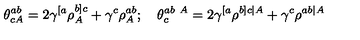
\theta _ { c A } ^ { a b } = 2 \gamma ^ { [ a } \rho _ { A } ^ { b ] c } + \gamma ^ { c } \rho _ { A } ^ { a b } ; \quad \theta _ { c } ^ { a b \ A } = 2 \gamma ^ { [ a } \rho ^ { b ] c \vert A } + \gamma ^ { c } \rho ^ { a b \vert A }